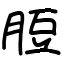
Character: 脰